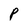
Character: P